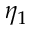
\eta _ { 1 }